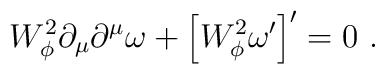
W_\phi^2 \partial_\mu\partial^\mu \omega +\left[W_\phi^2 \omega^\prime \right]^\prime=0~.